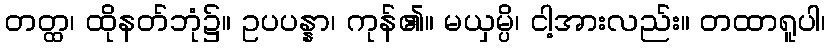
တတ္ထ၊ ထိုနတ်ဘုံ၌။ ဥပပန္နာ၊ ကုန်၏။ မယှမ္ပိ၊ ငါ့အားလည်း။ တထာရူပါ၊